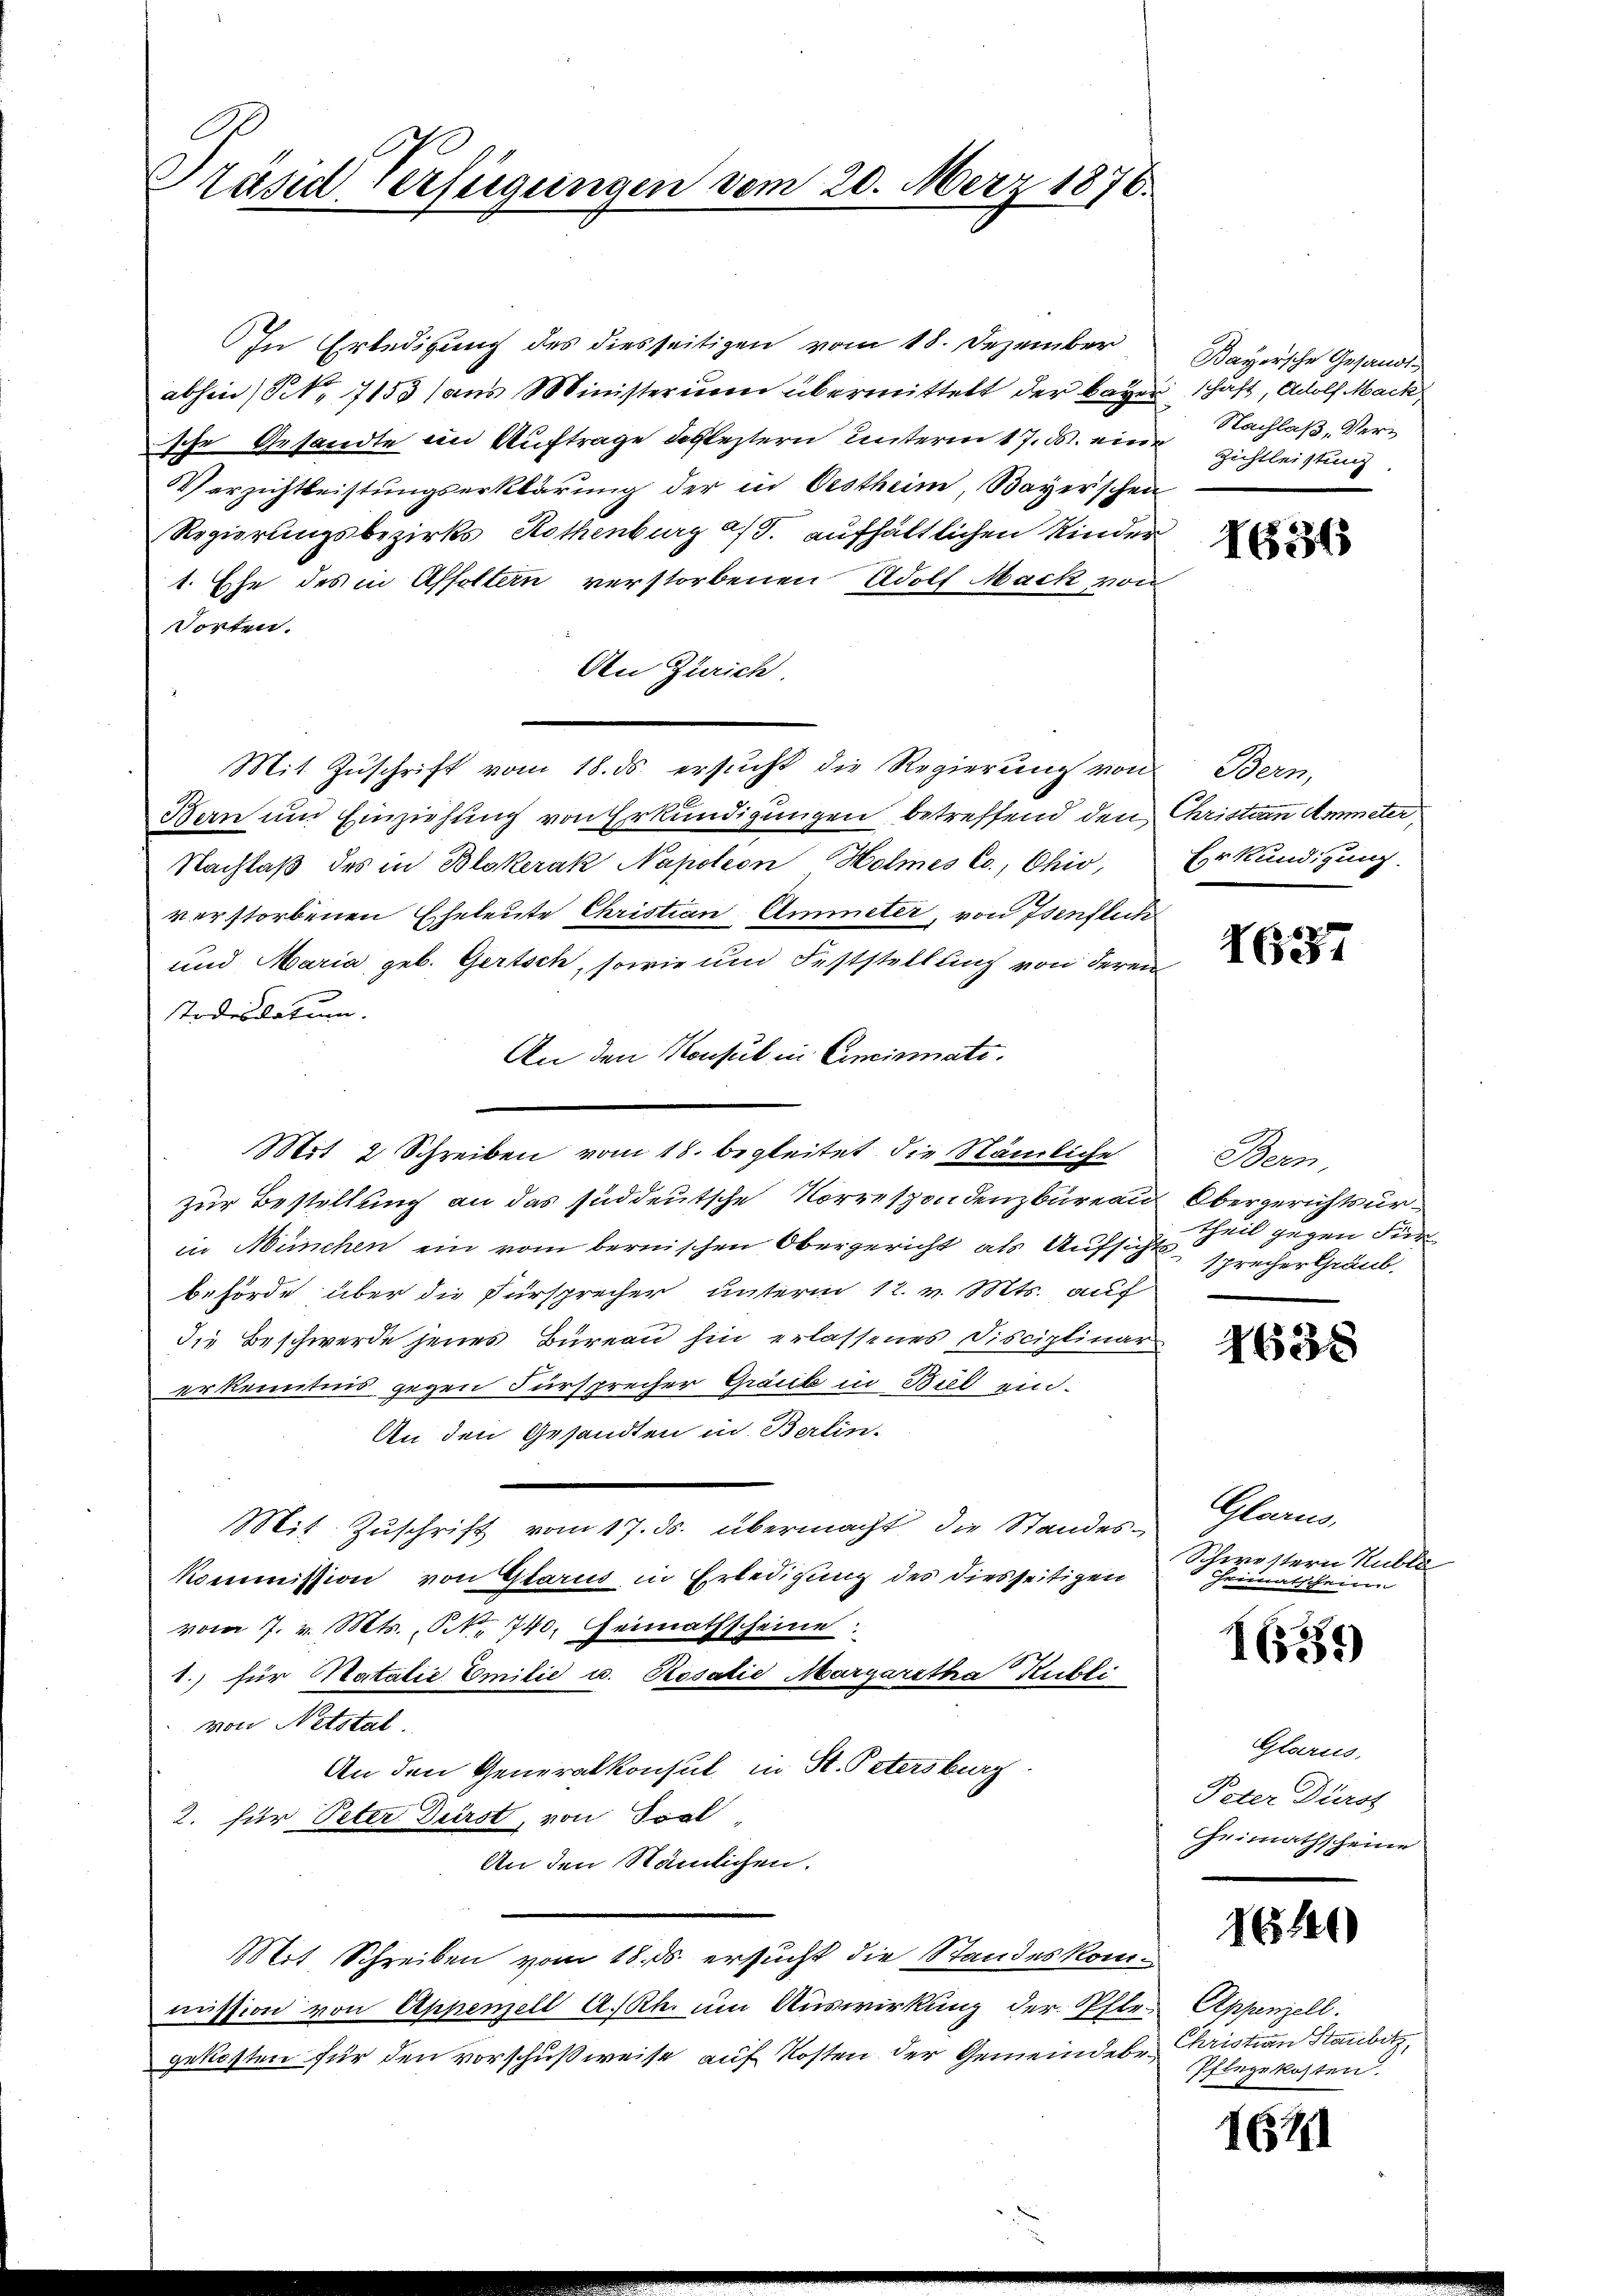
Präsid Versiegungen vom 20. März 1876.

In Erledigung des diesseitigen vom 18. Dezember
abhin (S. 7153 (ans Ministeri übermittelt der bayer
sche Gesandte im Auftrage defleztern Unterm 17. ds. eine
Verzichtleistungserklärung der in Oestheim, Bayerschen
Regierungsbezirks Kothenburg a/S. aufhältlichen Kinder
1. Ehe des in Affoltern verstorbenen Adolf Mack von
Torten.
An Zürich
Mit Zŭschrift vom 18. ds. ersŭcht die Regierŭng von Bern,
Ban um Einziehung von Erkundigungen betreffend den Christian Ammeter,
Nachlaß des in Blokerak Napoleon Holmes co., Ohio,
verstorbenen Eheleute Christian Ammeter, von Isenflich
und Maria geb. Gertsch, sowie und Feststellling von deren
Todesdatum.
An den Konsul in Cincinate.
Mit 2 Schreiben vom 18. begleitet, die Nämliche
zur Bestellung an das süddeutsche Korrespondenzbureau Obergerichtsurin München ein vom bernischen Obergericht als Aufsichtsbehörde über die Fürsprecher unterm 12. v. Mts. auf
die Beschwerde jenes Bureau hin erlassenes Disciplinar
erkenntnis gegen Fürsprecher Graub in Bub ein¬
An den Gesandten in Berlin-
Mit Zuschrift vom 17. ds. übermacht die Standes-
Kommission von Glarus in Erledigung der diesseitigen
vom 7. v. Mts. No. 740. Heimathscheine
1.) für Natalie Emilie u. Rosalie Margaretha Publi
von Netstal
An den Generalkonsul in St. Petersburg
2. für Peter Durst, von Sool,
An den Stämlichen.
Mit Schreiben vom 18. ds. ersucht die Standeskommission von Appenzell A.-Rh. um Auswirkung der Pfler Appenzell.
gekosten für den vorschußweise auf Kosten der Gemeindebr. Christian Staubitz,

Bayersche Gesandt
schaft, Adolf Mack,
Nachlaß, Ver¬
Zichtleistung

1631

Erkundigung.

7657

Bern,
theil gegen Für
sprecher Graub.

4638

Glarus,
Schwestern Hublé
Heimatschein

I559

Glarus,
Peter Dürst
Geimathscheine

h

Pflegekosten.

167